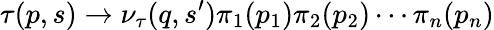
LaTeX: \tau(p,s)\to\nu_{\tau}(q,s^{\prime})\pi_{1}(p_{1})\pi_{2}(p_{2})\cdots\pi_{n}(p_{n})